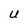
Character: U